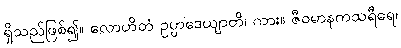
ရှိသည်ဖြစ်၍။ လောဟိတံ ဥပ္ပာဒေယျာတိ၊ ကား။ ဇီဝမာနကသရီရေ၊